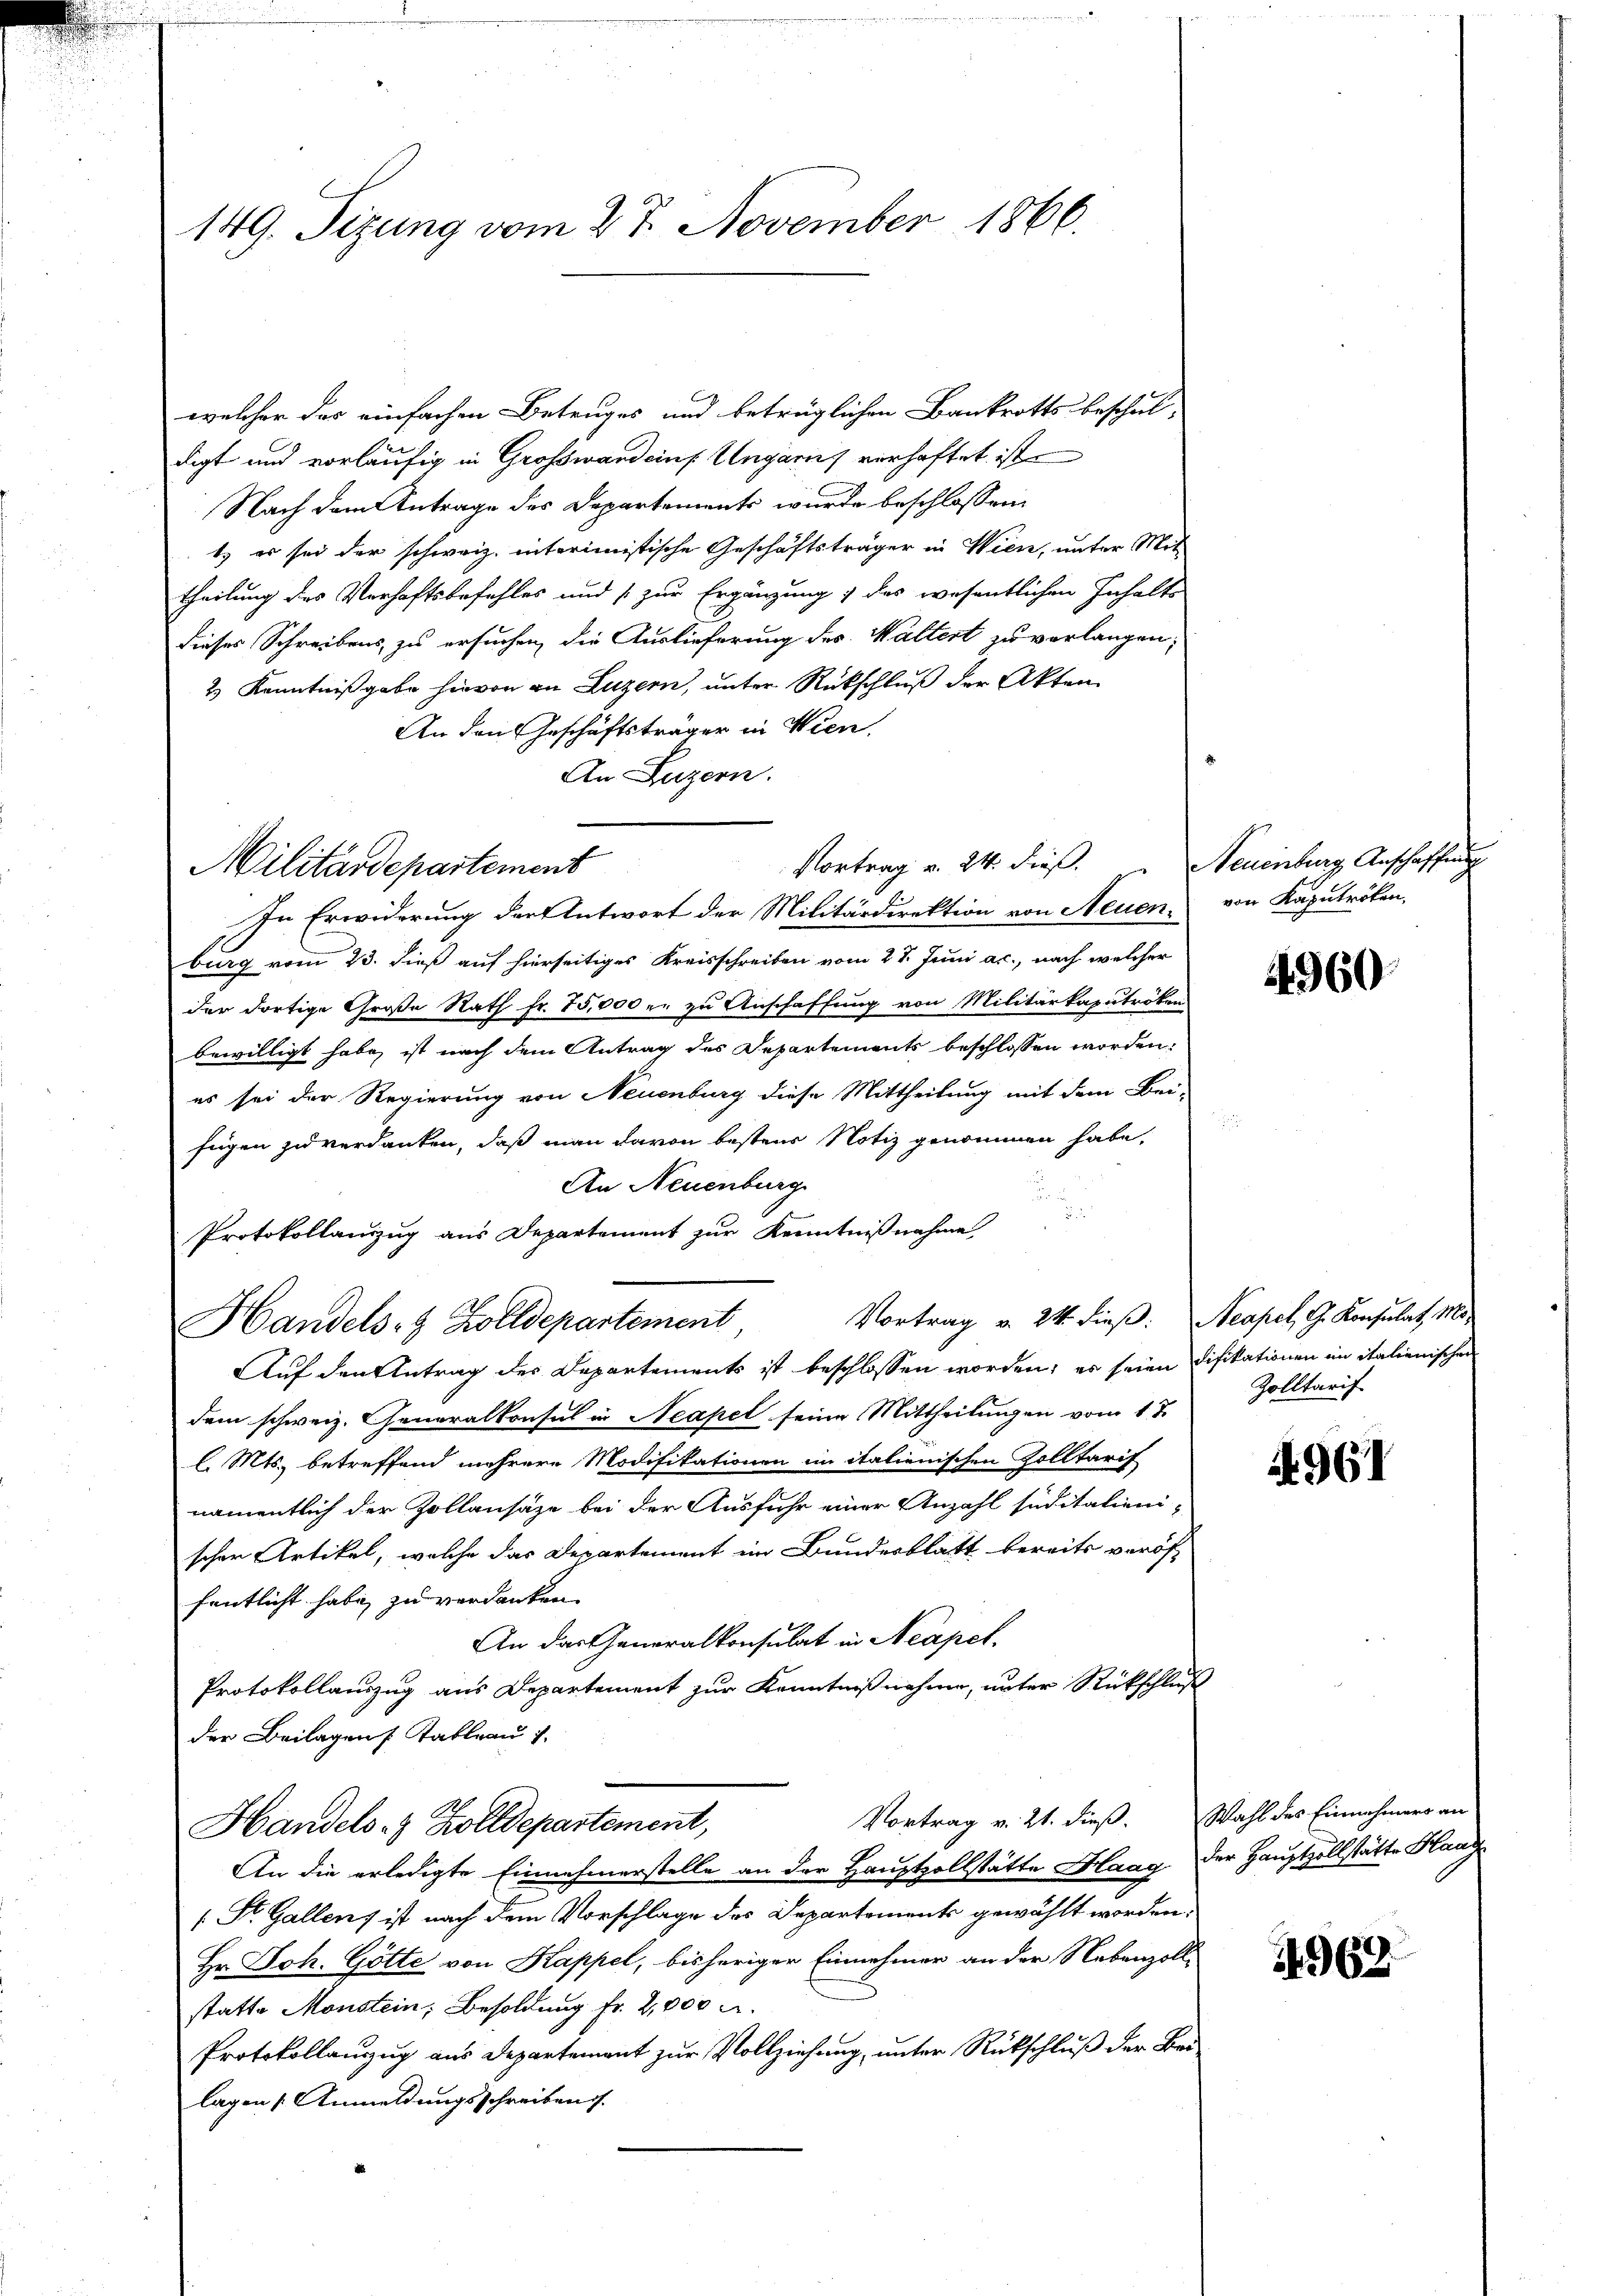
149. Sizung vom 27. November 1866.

welcher das einfachen Betruges und beträglichen Bankrotts beschul-
digt und vorläufig in Großwandein Ungaris verhaftet ist
Nach dem Antrage des Departements wurde beschlossen:
1.) es sei der schweiz. interimistische Geschäftsträger in Wien, unter Mit
theilung des Verhaftsbefehles und 1 zur Ergänzung des wesentlichen Inhalts
dieses Schreibens, zu ersuchen, die Auslieferung des Waltert zu verlangen;
2) Kenntnißgabe hievon an Luzern, unter Rückschluß der Akten
An den Geschäftsträger in Wien.
An Luzern.
In Erwiderung der Antwort der Militärdirektion von Neuen, von Kaputröten,
burg vom 23. dieß auf hierseitiges Kreisschreiben vom 27. Juni a.c., nach welcher
der dortige Große Rath Fr. 75,000 er zu Anschaffung von Militärkaputröken
bewilligt habe, ist nach dem Antrag des Departements beschlossen worden.
es sei der Regierung von Neuenburg diese Mittheilung mit dem Bei-
fügen zu verdanken, daß man davon bestens Notiz genommen habe.
An Neuenburg
Protokollanzug aus Departement zur Kenntnißnahme
Vortrag v. 24. dieß: Neapel, G. Konsulat, Mo
Handels- & Zolldepartement
Auf den Antrag des Departements ist beschlossen worden; es seien Difikationen in italienischen
dem schweiz. Generalkonsul in Neapel seine Mittheilungen vom 1te
l. Mts. betreffend mehrere Modifikationen im italienischen Zolltarif
namentlich der Zollansaze bei der Ausfuhr einer Anzahl seditalienischen Artikel, welche das Departement im Bundesblatt bereits veröf
fentlicht habe zu verdanken.
An das Generalkonsulat in Neapel.
Protokollauszug aus Departement zur Kenntnißnahme, unter Rückschluß
der Beilagen Tableau 1.
Vortrag v. 21. dieß. Wahl des Einnahmers an
Handels- & Zolldepartement,
An die erledigte Einnahmerstelle an der Hauptvollstätte Haag der Hauptzollstätte Klang
1 St. Gallens ist nach dem Vorschlage des Departement gewählt worden;
Hr. Joh. Götte von Kappel, bisheriger Einnehmer an der Nebenzoll-
statte Monstein, Besoldung fr. 2,000 M.
Protokollanzug aus Departement zur Vollziehung, unter Rückschluß der Bei
lagen Anmeldungsschreiben.

Militärdepartement

Vortrag v. 24. dieß.

Neuenburg Anschaffung

4960.

Zolltarif

4961

4962